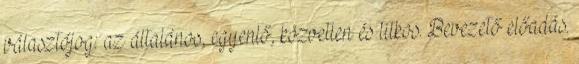
választójog: az általános, egyenlő, közvetlen és titkos. Bevezető előadás.